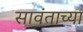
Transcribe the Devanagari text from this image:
सावंताच्या